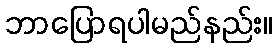
ဘာပြောရပါမည်နည်း။